Lunatic asylums United Provinces 1899-1908 - 1899-1908
Year: 1899
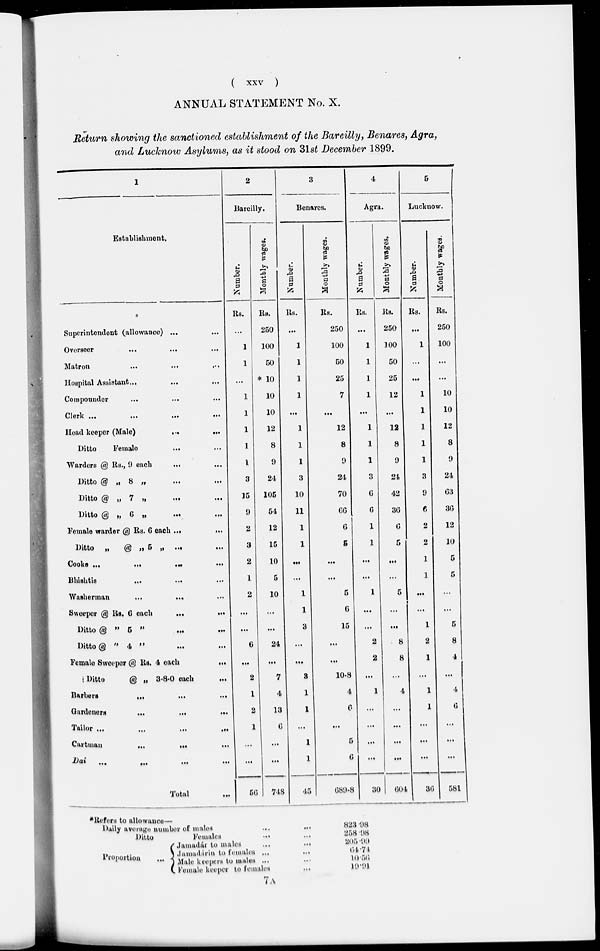
(
xxv
)
ANNUAL STATEMENT No. X.
Return showing the sanctioned establishment of the Barcilly, Benares, Agra,
and Luchnow Asylums, as it stood on 31st December 1899.
1
Establishment.
Superintendent (allowance) ... ...
Overseer
...
...
...
Matron ... ... ...
Hospital Assistant ... ... ...
Compounder
...
...
...
Clerk
...
...
...
...
Head keeper (Male)
...
...
Ditto
Female
...
...
Warders @ Rs., 9 each ... ...
Ditto @ „ 8
„
...
...
Ditto @ „ 7 „ ... ...
Ditto @ „
6
„
...
...
Female warder @ Rs. 6 each ... ...
Ditto
„
@ „ 5 „
...
...
Cooks ...
...
...
...
Bhishtis
...
...
...
Washerman
...
...
...
Sweeper @ Rs. 6 each
...
...
Ditto @ " 5 " ... ...
Ditto @ " 4 " ... ...
Female Sweeper @ Rs. 4 each
...
Ditto
@ „ 3-8-0 each ...
Barbers
...
...
...
Gardeners ... ... ...
Tailor ... ... ... ...
Cartman ... ... ...
Dai ... ... ... ...
Total ...
2
Bareilly.
Number.
Rs.
...
1
1
...
1
1
1
1
1
3
15
9
2
3
2
1
2
...
...
6
...
2
1
2
1
...
...
56
Monthly wages.
Rs.
250
100
50
* 10
10
10
12
8
9
24
105
51
12
15
10
5
10
...
...
24
...
7
4
13
6
...
...
748
3
Benares.
Number.
Rs.
...
1
1
1
1
...
1
1
1
3
10
11
1
1
...
...
1
1
3
...
...
3
1
1
...
l
1
45
Monthly wages.
Rs.
250
100
50
25
7
...
12
8
9
24
70
66
6
5
...
...
5
6
15
...
...
10.8
4
6
...
5
6
689.8
4
Agra.
Number.
Rs.
...
1
1
1
1
...
1
1
1
3
6
6
1
1
...
...
1
...
...
2
2
...
1
...
...
...
...
30
Monthly wages.
Rs.
250
100
50
25
12
...
12
8
9
24
42
36
6
5
...
...
5
...
...
8
8
...
4
...
...
...
...
604
5
Lucknow.
Number.
Rs.
...
1
...
...
1
1
1
1
1
3
9
6
2
2
1
1
...
...
1
2
1
...
1
1
...
...
...
36
Monthly wages.
Rs.
250
100
...
...
10
10
12
8
9
21
63
36
12
10
5
5
...
...
5
8
4
...
4
6
...
...
...
581
*Refers to allowancef—
Daily average number of males ... ...
Ditto
Females
... ...
Proportion
...
Jamadár to males
...
...
Jamadárin to females ... ...
Male keepers to males ... ...
Female keeper to females ...
823.98
358.98
205.99
64.74
10.56
19.91
7 A